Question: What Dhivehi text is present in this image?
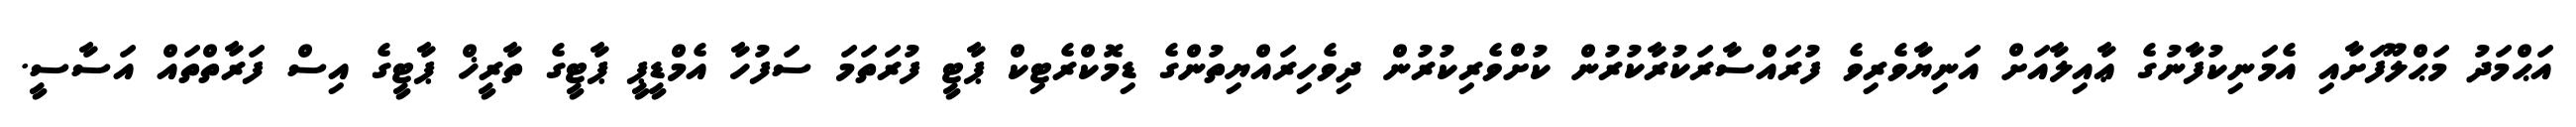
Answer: އަޙްމަދު މަޙްލޫފަށާއި އެމަނިކުފާނުގެ ޢާއިލާއަށް އަނިޔާވެރިވެ ފުރައްސާރަކުރާކުރުން ކުށްވެރިކުރުން ދިވެހިރައްޔިތުންގެ ޑިމޮކްރެޓިކް ޕާޓީ ފުރަތަމަ ސަފުހާ އެމްޑީޕީ ޕާޓީގެ ތާރީޚް ޕާޓީގެ އިސް ފަރާތްތައް އަސާސީ.